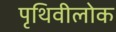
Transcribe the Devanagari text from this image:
पृथिवीलोक